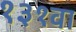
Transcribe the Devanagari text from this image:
१३१वा